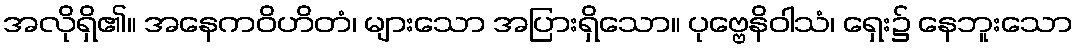
အလိုရှိ၏။ အနေကဝိဟိတံ၊ များသော အပြားရှိသော။ ပုဗ္ဗေနိဝါသံ၊ ရှေး၌ နေဘူးသော